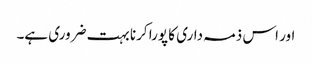
اور اس ذمہ داری کا پورا کرنا بہت ضروری ہے۔